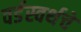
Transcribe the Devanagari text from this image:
वर्डस्वर्थचे